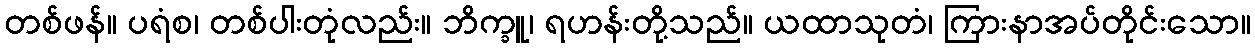
တစ်ဖန်။ ပရံစ၊ တစ်ပါးတုံလည်း။ ဘိက္ခူ၊ ရဟန်းတို့သည်။ ယထာသုတံ၊ ကြားနာအပ်တိုင်းသော။